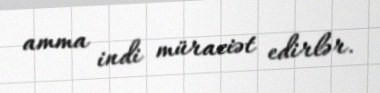
amma indi müraciət edirlər.